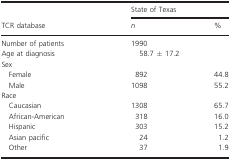
<table><thead><tr><td rowspan="2"><b>TCR database</b></td><td colspan="2"><b>State of Texas</b></td></tr><tr><td><b><i>n</i></b></td><td><b>%</b></td></tr></thead><tbody><tr><td>Number of patients</td><td>1990</td><td></td></tr><tr><td>Age at diagnosis</td><td>58.7 ± 17.2</td><td></td></tr><tr><td colspan="3">Sex</td></tr><tr><td> Female</td><td>892</td><td>44.8</td></tr><tr><td> Male</td><td>1098</td><td>55.2</td></tr><tr><td colspan="3">Race</td></tr><tr><td> Caucasian</td><td>1308</td><td>65.7</td></tr><tr><td> African-American</td><td>318</td><td>16.0</td></tr><tr><td> Hispanic</td><td>303</td><td>15.2</td></tr><tr><td> Asian pacific</td><td>24</td><td>1.2</td></tr><tr><td> Other</td><td>37</td><td>1.9</td></tr></tbody></table>